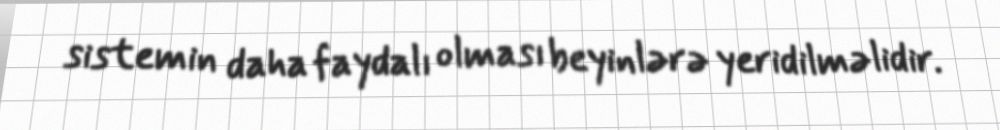
sistemin daha faydalı olması beyinlərə yeridilməlidir.